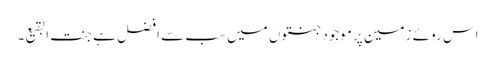
اس روئے زمین پر موجود جنتوں میں سب سے افضل ہے جنت البقیع۔